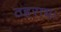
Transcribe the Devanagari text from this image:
ठहराय।